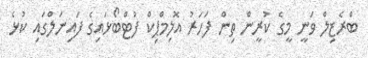
ބްރެޒިލް ވަނީ މީގެ ކުރީން ތިން ފަހަރު އޮލިމްޕިކް ފުޓްބޯޅައިގެ ފައިނަލްގައި ކުޅެ